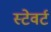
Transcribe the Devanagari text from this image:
स्टेवर्ट